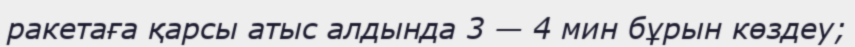
ракетаға қарсы атыс алдында 3 — 4 мин бұрын көздеу;